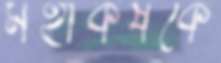
মহাকর্ষকে